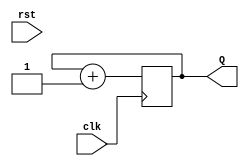
module counter3bit (
    input clk,
    input rst,
    output reg [2:0] Q
    );
 
always @ (posedge(clk))   // When will Always Block Be Triggered
begin
    if (rst == 3'b111)
        // How Output reacts when Reset Is Asserted
        Q <= 3'b0;
    else
        // How Output reacts when Rising Edge of Clock Arrives?
        Q <= Q + 1'b1;
end
 
endmodule